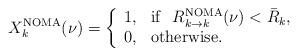
LaTeX: \begin{align*}X_k^{\rm NOMA}(\nu)=\left\{\begin{array}{ll} 1, & {\rm if}\ \ R_{k\rightarrow k}^{\rm NOMA}(\nu)<\bar R_k,\\0, &{\rm otherwise.}\end{array}\right. \end{align*}